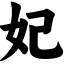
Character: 妃